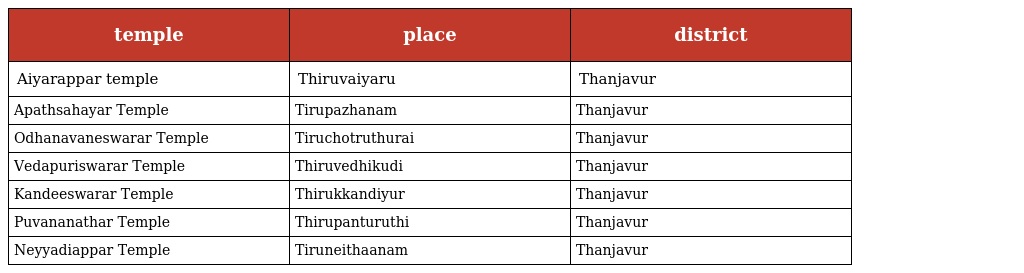
| temple | place | district |
 | --- | --- | --- |
 | Aiyarappar temple | Thiruvaiyaru | Thanjavur |
 | Apathsahayar Temple | Tirupazhanam | Thanjavur |
 | Odhanavaneswarar Temple | Tiruchotruthurai | Thanjavur |
 | Vedapuriswarar Temple | Thiruvedhikudi | Thanjavur |
 | Kandeeswarar Temple | Thirukkandiyur | Thanjavur |
 | Puvananathar Temple | Thirupanturuthi | Thanjavur |
 | Neyyadiappar Temple | Tiruneithaanam | Thanjavur |